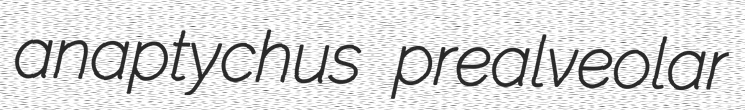
anaptychus prealveolar